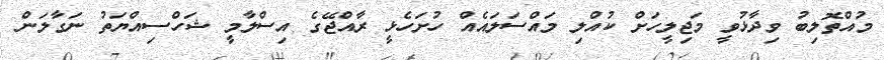
މުއްތޮލިބު ވިދާޅުވީ މަޖިލީހަށް ކުއްލި މައްސަލައެއް ހުށަހެޅީ ރާއްޖޭގެ އިސްލާމީ ޝަހްސިއްޔަތު ނަގާލަން